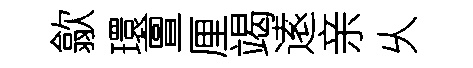
歙環亶厘竭逺亲乆